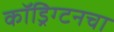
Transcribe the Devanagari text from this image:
कॉड्रिंग्टनचा